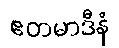
ဧတမာဒီနံ